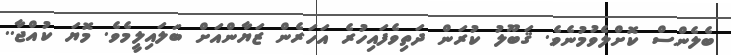
ބެލެންސް ކޮށްލެވުމުނެވެ. ޤަބޫލު ކުރަން ދަތިވެފައިހުރެ އަހަރެން ޒަޔާންއަށް ބަލައިލީމެވެ. މޮޔަ ކުއްޖާ..